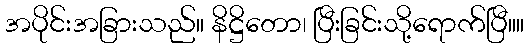
အပိုင်းအခြားသည်။ နိဋ္ဌိတော၊ ပြီးခြင်းသို့ရောက်ပြီ။။